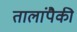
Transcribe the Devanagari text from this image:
तालांपैकी